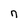
Character: n